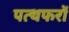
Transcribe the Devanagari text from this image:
पत्थफरों